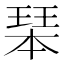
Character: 𤧆